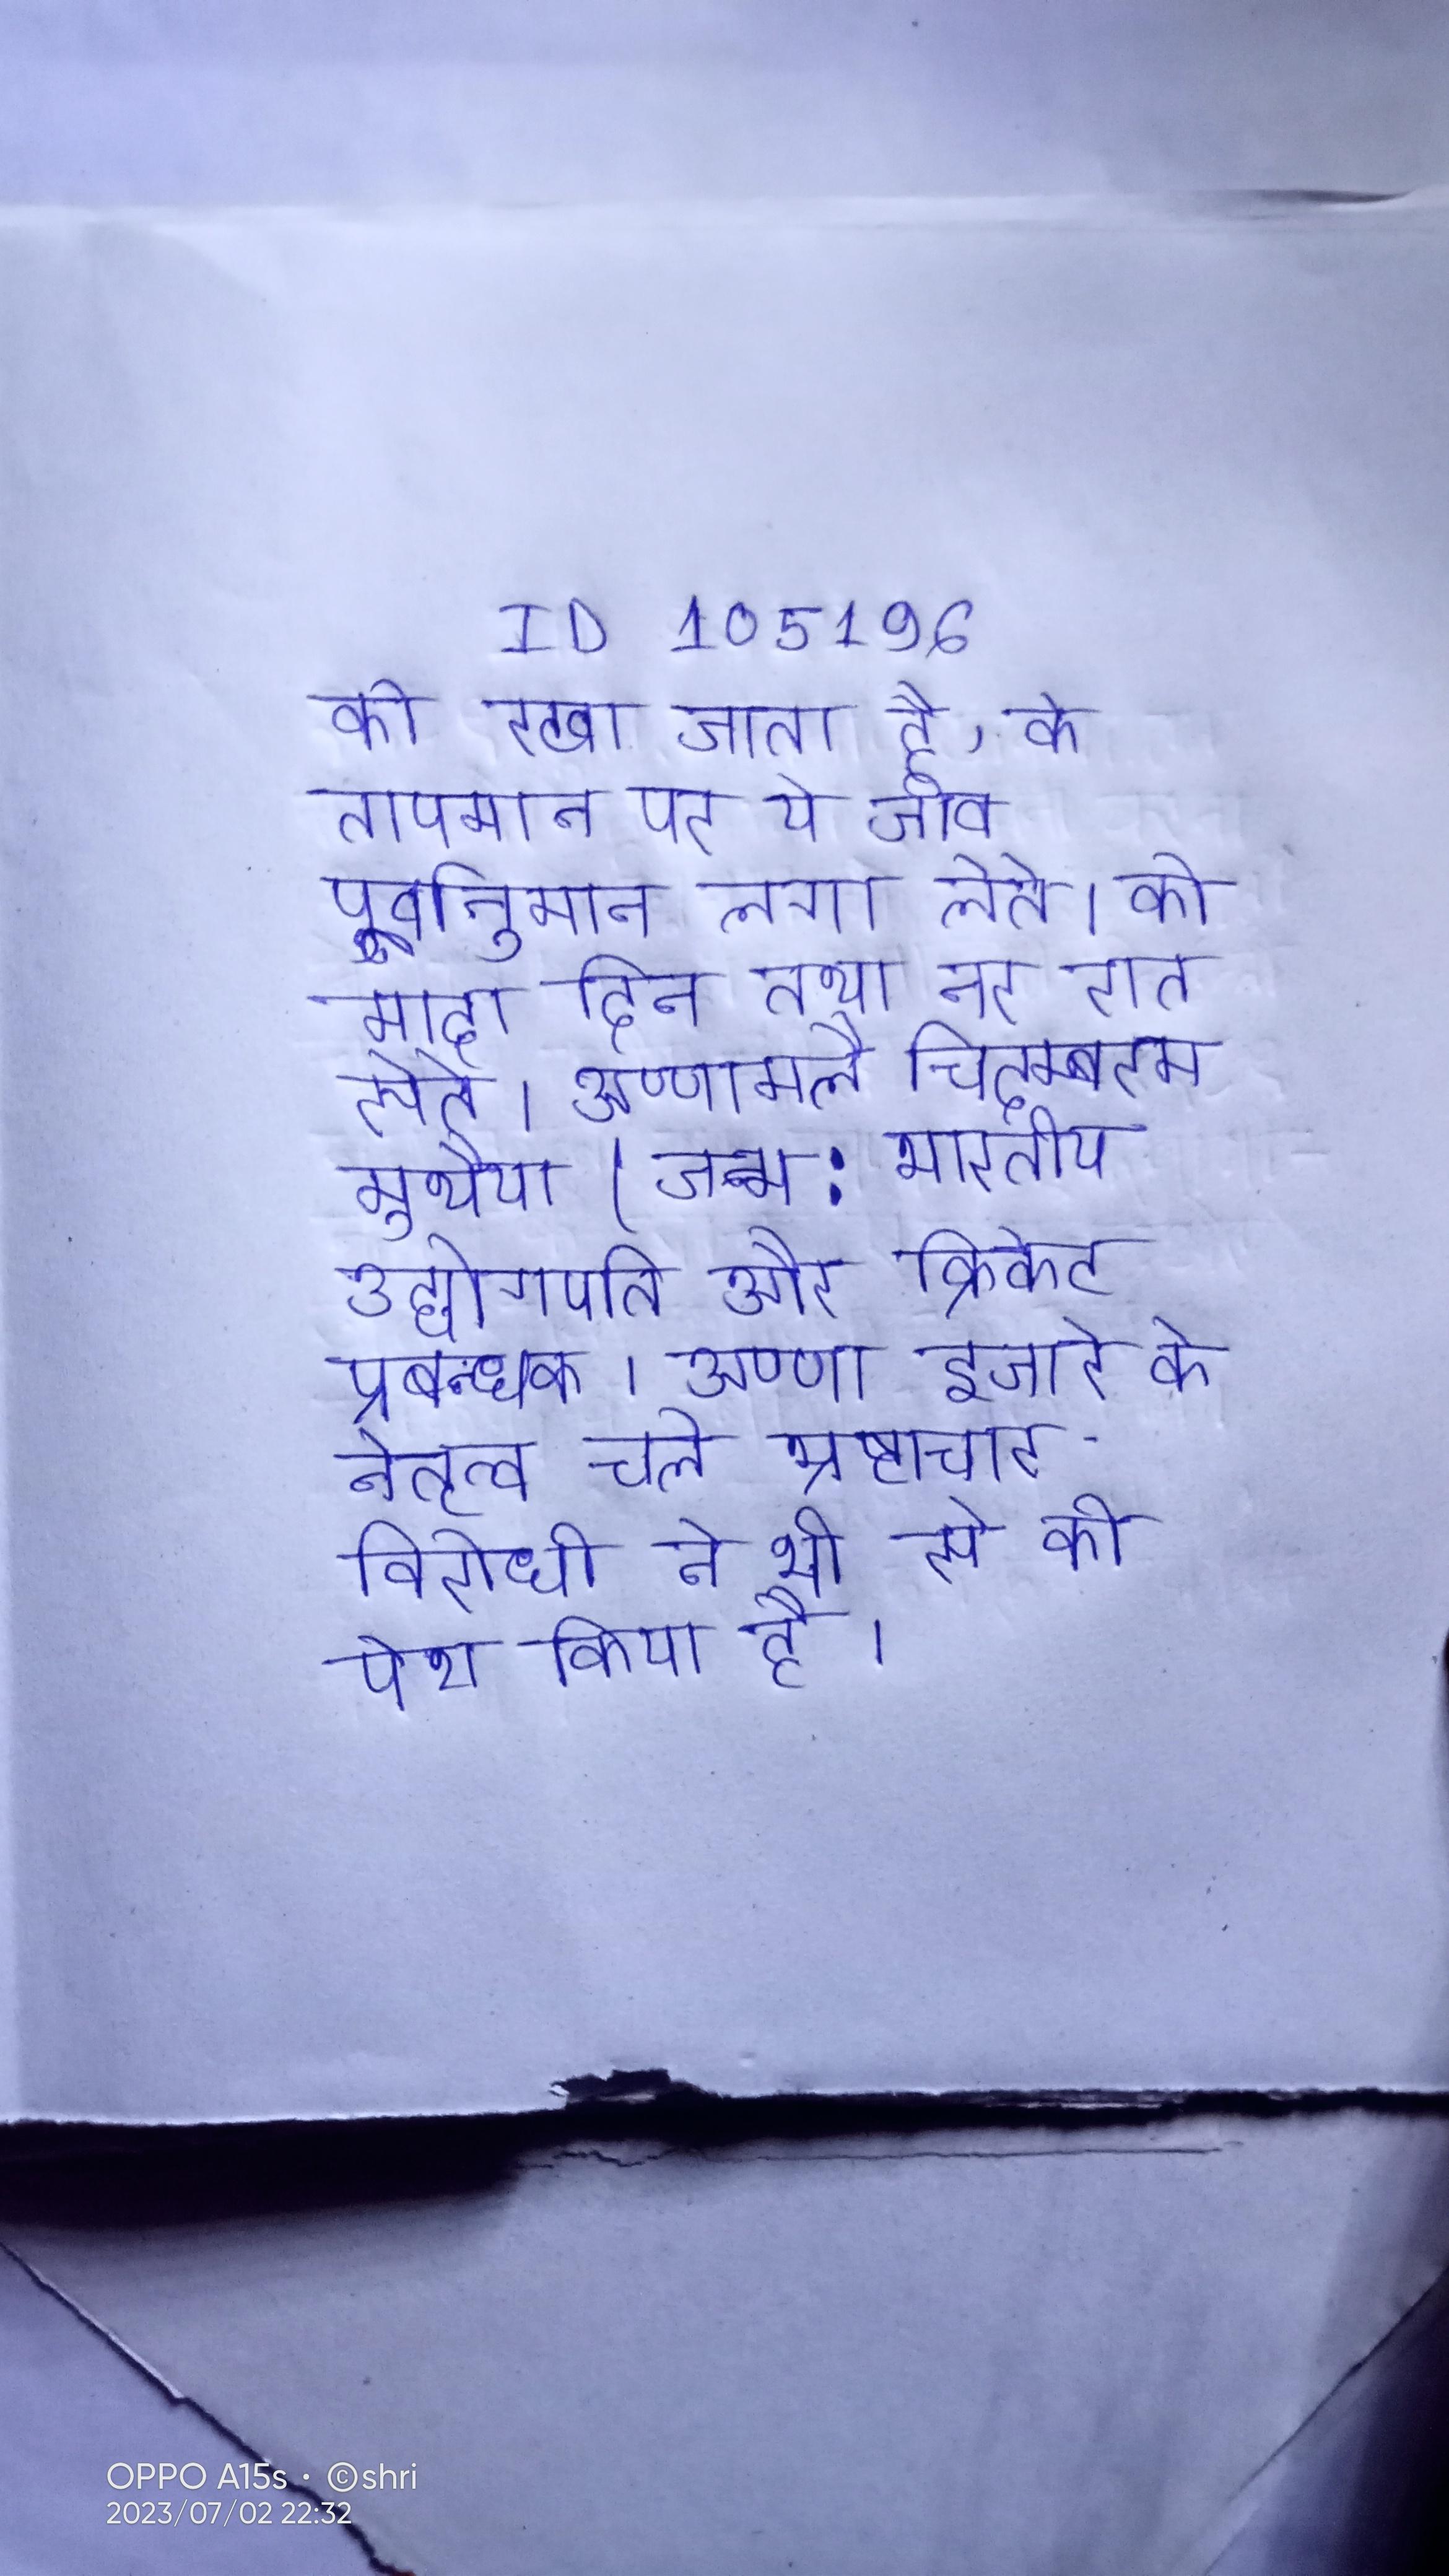
को रखा जाता है, के तापमान पर ये जीव पूर्वानुमान लगा लेते । को मादा दिन तथा नर रात सेते । अण्णामलै चिदम्बरम मुथैया (जन्म: भारतीय उद्योगपति और क्रिकेट प्रबन्धक । अण्णा हजारे के नेतृत्व चले भ्रष्टाचार विरोधी ने भी से को पेश किया है ।